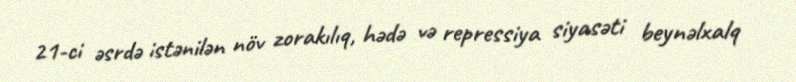
21-ci əsrdə istənilən növ zorakılıq, hədə və repressiya siyasəti beynəlxalq